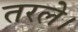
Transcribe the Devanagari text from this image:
तरले।